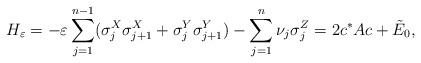
LaTeX: \begin{align*} H_{\varepsilon}= -\varepsilon \sum_{j=1}^{n-1} (\sigma_j^X \sigma_{j+1}^X + \sigma_j^Y \sigma_{j+1}^Y) - \sum_{j=1}^n \nu_j \sigma_j^Z = 2 c^* A c + \tilde{E}_0,\end{align*}